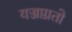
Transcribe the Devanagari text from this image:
यज्जाग्रतो